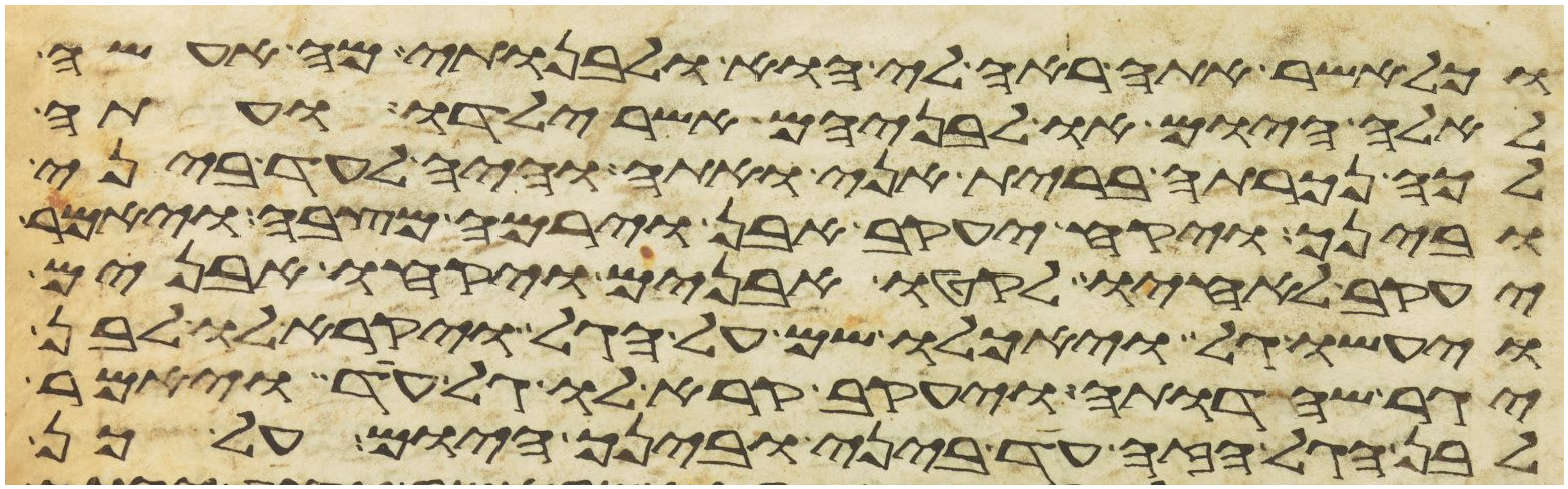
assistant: וכל אשר אתה ראה לי הוא ולבנותי מה אעשה
לאלה היום או לבניהם אשר ילדו ועתה
לכה נכרתה ברית אני ואתה והיה לעד ביני
ובינך ויקח יעקב אבן וירמה מצבה ויאמר
יעקב לאחיו לקטו אבנים ויקחו אבנים
ויעשו גל ויאכלו שם על הגל ויקרא לו לבן
יגר שהדותה ויעקב קרא לו גל עד ויאמר
לבן הגל הזה עד ביני ובינך היום על כן